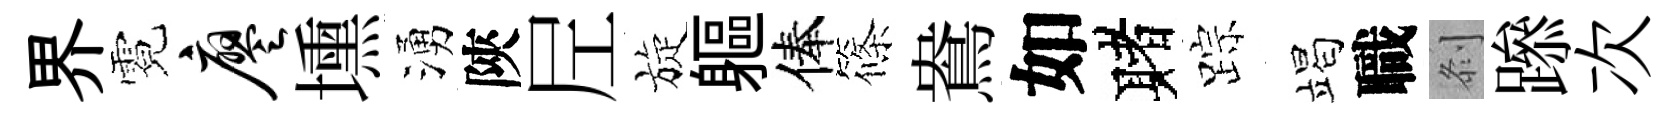
界霓廖壎湧陝𡰱旋軀俸篠鴦如赌踪竭職𠛴𨅶次